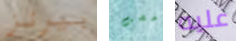
بيرنز خضت عليه